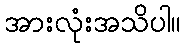
အားလုံးအသိပါ။